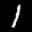
Label: 1